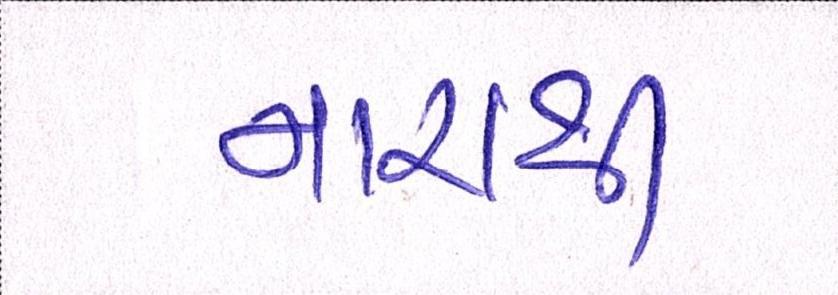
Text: નારાથી